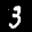
Label: 3